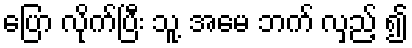
ပြော လိုက်ပြီး သူ့ အမေ ဘက် လှည့် ၍